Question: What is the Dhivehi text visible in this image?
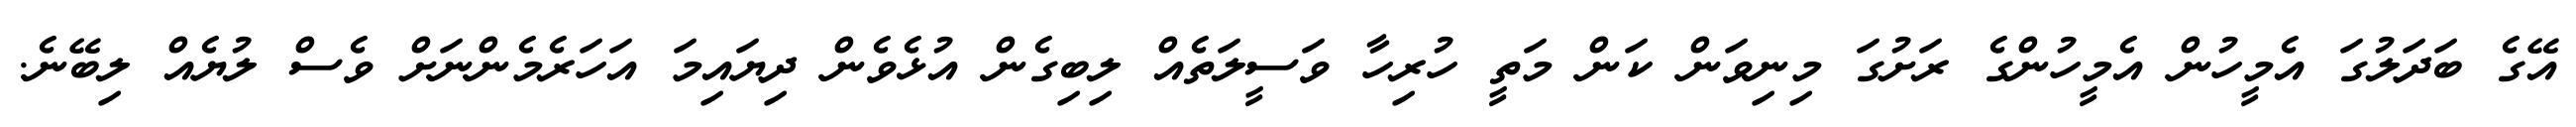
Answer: އޭގެ ބަދަލުގަ އެމީހުން އެމީހުންގެ ރަށުގަ މިނިވަން ކަން މަތީ ހުރިހާ ވަސީލަތެއް ލިބިގެން އުޅެވެން ދިޔައިމަ އަހަރެމެންނަށް ވެސް ލުޔެއް ލިބޭނެ.